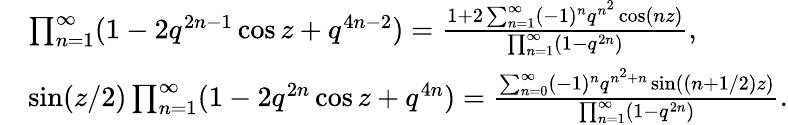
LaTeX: \begin{array}{rl}&{\prod_{n=1}^{\infty}(1-2q^{2n-1}\cos z+q^{4n-2})=\frac{1+2\sum_{n=1}^{\infty}(-1)^{n}q^{n^{2}}\cos(nz)}{\prod_{n=1}^{\infty}(1-q^{2n})},}\\ &{\sin(z/2)\prod_{n=1}^{\infty}(1-2q^{2n}\cos z+q^{4n})=\frac{\sum_{n=0}^{\infty}(-1)^{n}q^{n^{2}+n}\sin((n+1/2)z)}{\prod_{n=1}^{\infty}(1-q^{2n})}.}\end{array}